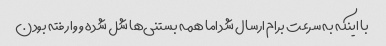
با اینکه به سرعت برام ارسال شد اما همه بستنی‌ها شل شده و وا رفته بودن